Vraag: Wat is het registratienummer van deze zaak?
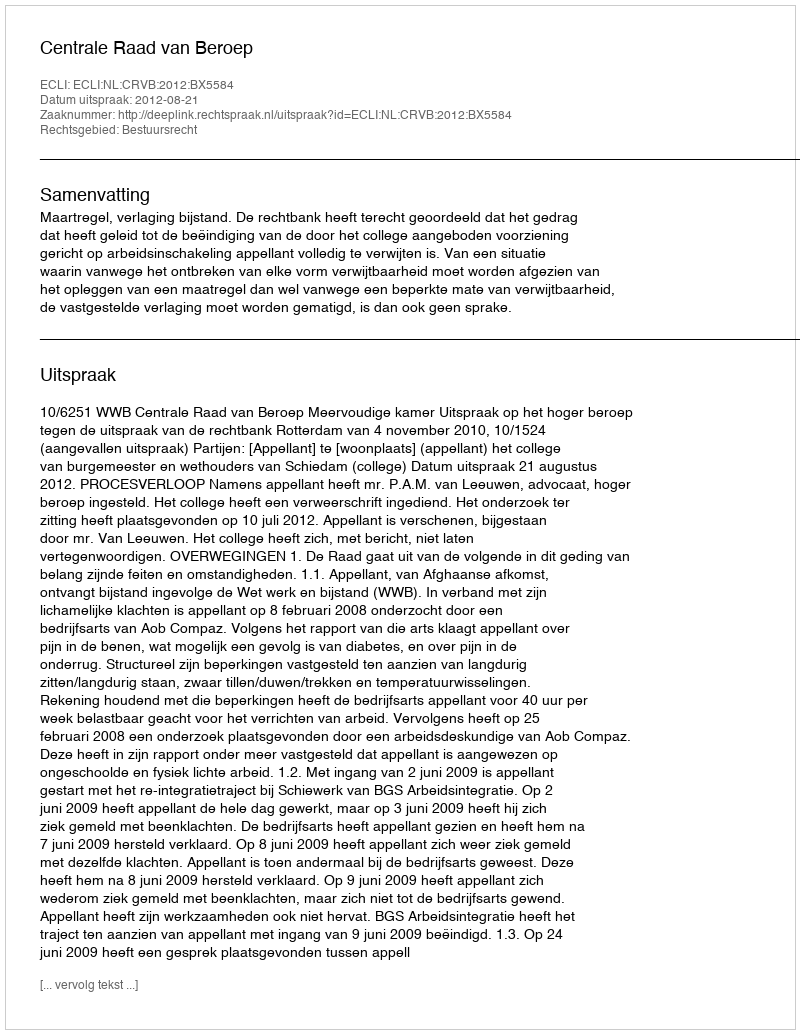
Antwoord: http://deeplink.rechtspraak.nl/uitspraak?id=ECLI:NL:CRVB:2012:BX5584